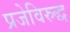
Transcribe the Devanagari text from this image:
प्रजेविरुद्ध